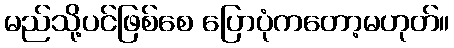
မည်သို့ပင်ဖြစ်စေ ပြောပုံကတော့မဟုတ်။